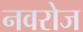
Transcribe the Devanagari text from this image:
नवरोज